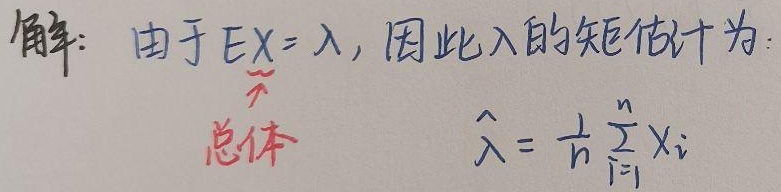
解：由于\(EX = \lambda\)，因此\(\lambda\)的矩估计为：\(\hat{\lambda}=\overline{X}=\frac{1}{n}\sum_{i = 1}^{n}X_{i}\)